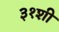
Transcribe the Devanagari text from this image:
३१शी